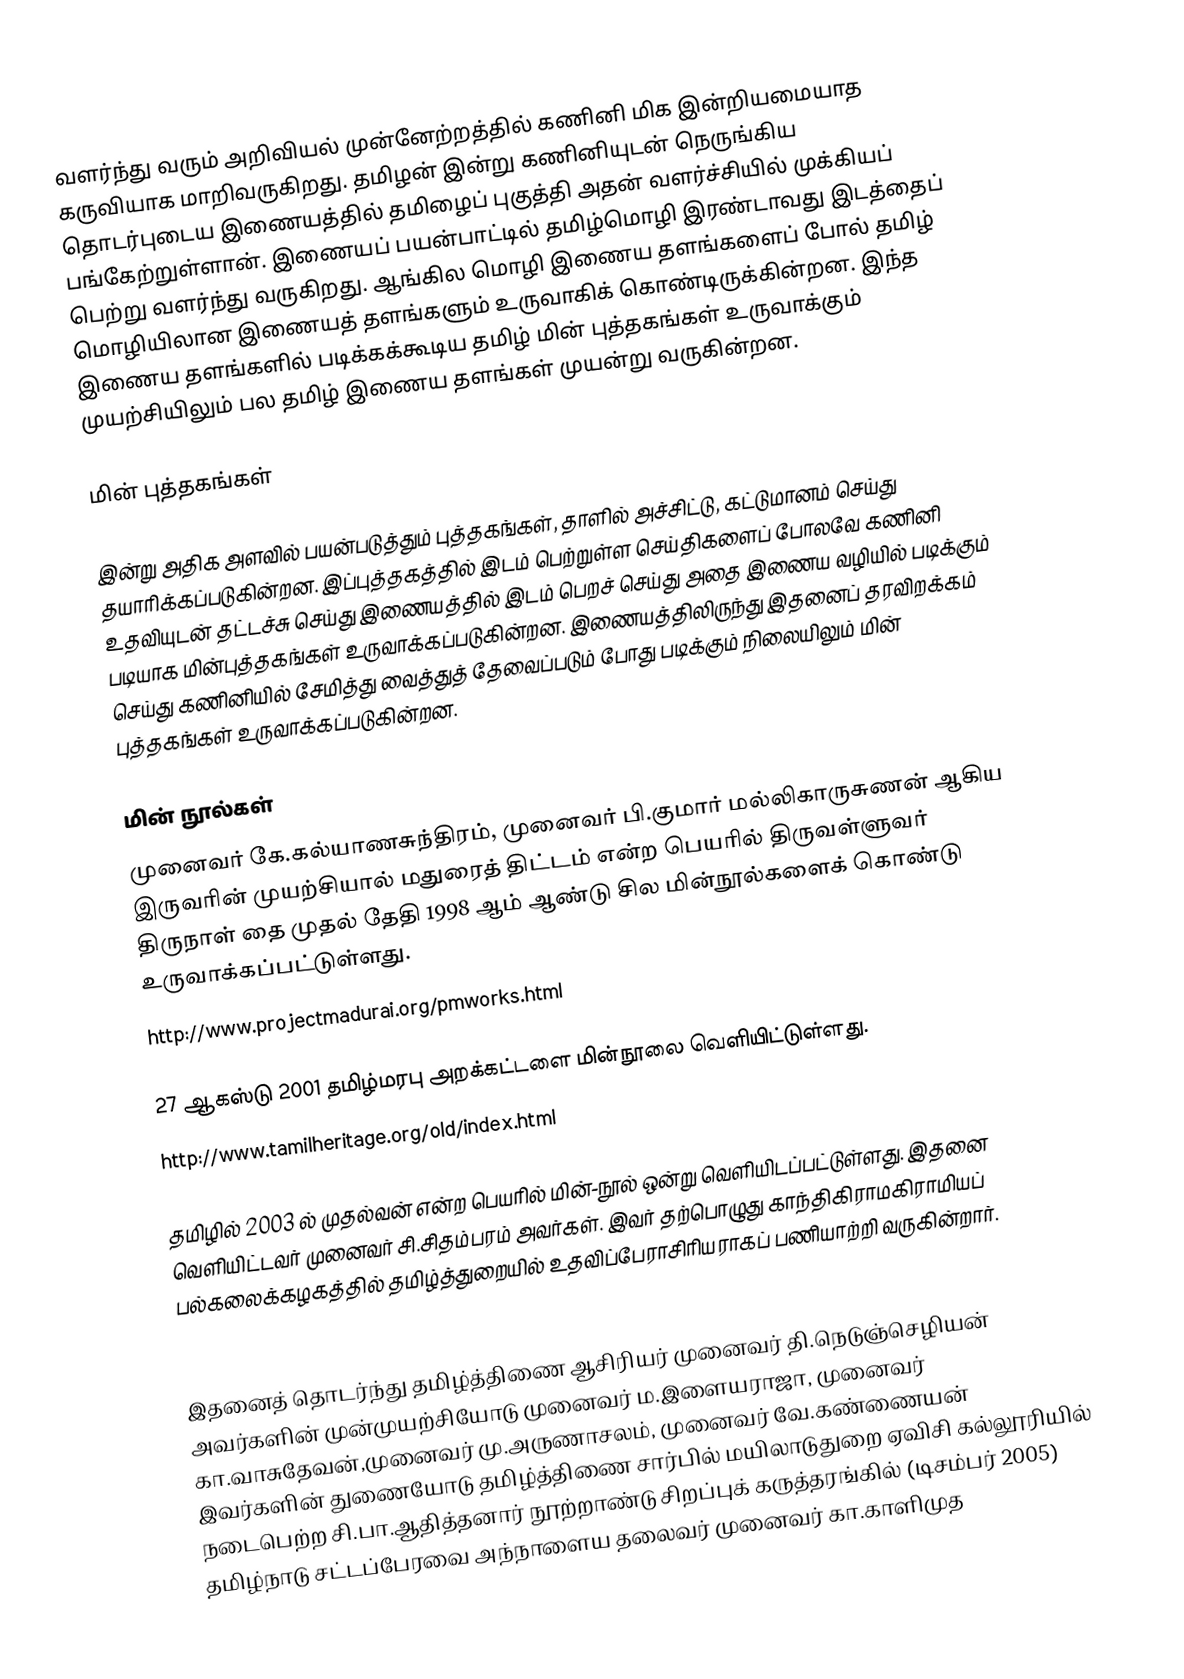
வளர்ந்து வரும் அறிவியல் முன்னேற்றத்தில் கணினி மிக இன்றியமையாத கருவியாக மாறிவருகிறது. தமிழன் இன்று கணினியுடன் நெருங்கிய தொடர்புடைய இணையத்தில் தமிழைப் புகுத்தி அதன் வளர்ச்சியில் முக்கியப் பங்கேற்றுள்ளான். இணையப் பயன்பாட்டில் தமிழ்மொழி இரண்டாவது இடத்தைப் பெற்று வளர்ந்து வருகிறது. ஆங்கில மொழி இணைய தளங்களைப் போல் தமிழ் மொழியிலான இணையத் தளங்களும் உருவாகிக் கொண்டிருக்கின்றன. இந்த இணைய தளங்களில் படிக்கக்கூடிய தமிழ் மின் புத்தகங்கள் உருவாக்கும் முயற்சியிலும் பல தமிழ் இணைய தளங்கள் முயன்று வருகின்றன.

மின் புத்தகங்கள்

இன்று அதிக அளவில் பயன்படுத்தும் புத்தகங்கள், தாளில் அச்சிட்டு, கட்டுமானம் செய்து தயாரிக்கப்படுகின்றன. இப்புத்தகத்தில் இடம் பெற்றுள்ள செய்திகளைப் போலவே கணினி உதவியுடன் தட்டச்சு செய்து இணையத்தில்  இடம் பெறச் செய்து அதை இணைய வழியில் படிக்கும் படியாக மின்புத்தகங்கள் உருவாக்கப்படுகின்றன. இணையத்திலிருந்து இதனைப் தரவிறக்கம் செய்து கணினியில் சேமித்து வைத்துத் தேவைப்படும் போது படிக்கும் நிலையிலும் மின் புத்தகங்கள் உருவாக்கப்படுகின்றன.

மின் நூல்கள்
 முனைவர் கே.கல்யாணசுந்திரம், முனைவர் பி.குமார் மல்லிகாருசுணன் ஆகிய இருவரின் முயற்சியால் மதுரைத் திட்டம் என்ற பெயரில் திருவள்ளுவர் திருநாள் தை முதல் தேதி 1998 ஆம் ஆண்டு சில மின்நூல்களைக் கொண்டு உருவாக்கப்பட்டுள்ளது.
 http://www.projectmadurai.org/pmworks.html

 27 ஆகஸ்டு 2001 தமிழ்மரபு அறக்கட்டளை மின்நூலை வெளியிட்டுள்ளது.
http://www.tamilheritage.org/old/index.html

 தமிழில் 2003 ல் முதல்வன் என்ற பெயரில் மின்-நூல் ஒன்று வெளியிடப்பட்டுள்ளது. இதனை வெளியிட்டவர் முனைவர் சி.சிதம்பரம் அவர்கள். இவர் தற்பொழுது காந்திகிராமகிராமியப் பல்கலைக்கழகத்தில் தமிழ்த்துறையில் உதவிப்பேராசிரியராகப் பணியாற்றி வருகின்றார்.
http://www.muthalvan.in/images/mudalvan28-09-20pdf.pdf

 இதனைத் தொடர்ந்து தமிழ்த்திணை ஆசிரியர் முனைவர் தி.நெடுஞ்செழியன் அவர்களின் முன்முயற்சியோடு முனைவர் ம.இளையராஜா, முனைவர் கா.வாசுதேவன்,முனைவர் மு.அருணாசலம், முனைவர் வே.கண்ணையன் இவர்களின் துணையோடு தமிழ்த்திணை சார்பில் மயிலாடுதுறை ஏவிசி கல்லூரியில் நடைபெற்ற சி.பா.ஆதித்தனார் நூற்றாண்டு சிறப்புக் கருத்தரங்கில் (டிசம்பர் 2005) தமிழ்நாடு சட்டப்பேரவை அந்நாளைய தலைவர் முனைவர் கா.காளிமுத